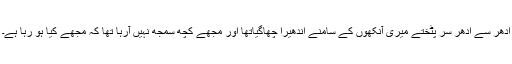
ادھر سے اُدھر سر پٹختے میری آنکھوں کے سامنے اندھیرا چھاگیاتھا اور مجھے کچھ سمجھ نہیں آرہا تھا کہ مجھے کیا ہو رہا ہے۔